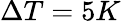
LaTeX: \Delta T=5K